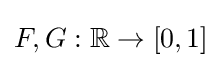
F,G:\mathbb {R} \to [0,1]